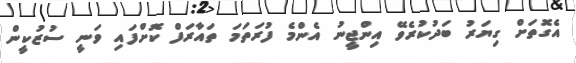
އެގޮތަށް ގިޔަރު ބަދުކުރެވޭ އިންޖީނު އެންމެ ފުރަތަމަ ތައާރަފް ކޮށްފައި ވަނީ ސުޒުކީން